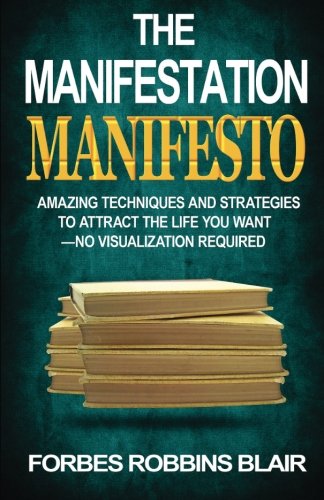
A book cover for The Manifestation Manifesto: Amazing Techniques and Strategies to Attract the Life You Want - No Visualization Required; Forbes Robbins Blair; Politics & Social Sciences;